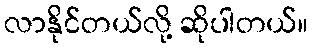
လာနိုင်တယ်လို့ ဆိုပါတယ်။